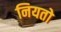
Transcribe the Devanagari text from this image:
नियतो